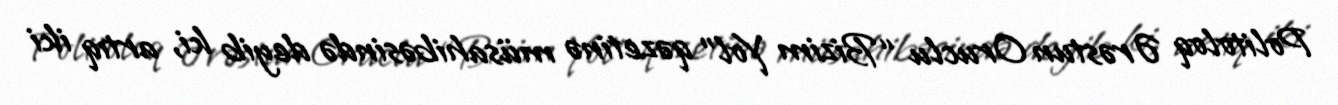
Politoloq Ərəstun Oruclu “Bizim Yol” qəzetinə müsahibəsində deyib ki, artıq iki